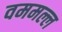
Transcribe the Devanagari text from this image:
वममल्ल